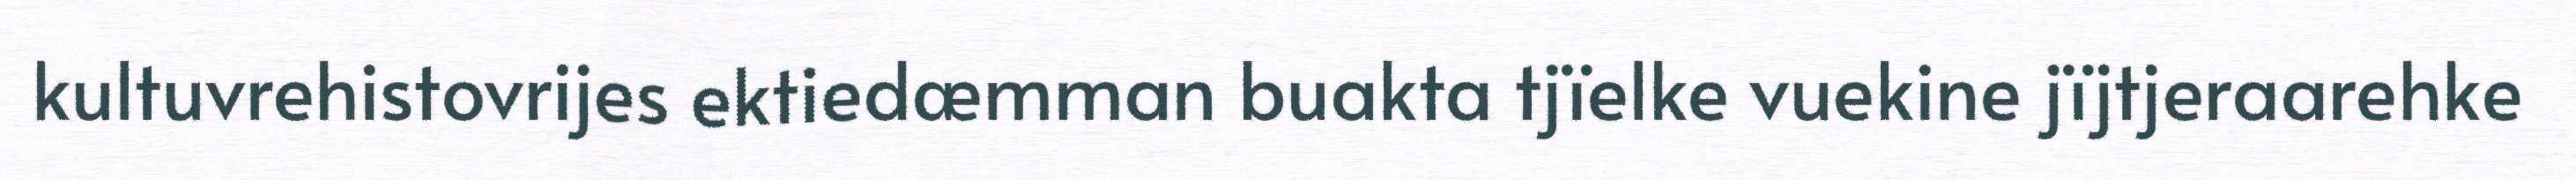
kultuvrehistovrijes ektiedæmman buakta tjïelke vuekine jïjtjeraarehke